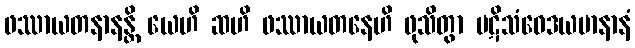
ဖဿာယတနာနန္တိ ယေဟိ ဆဟိ ဖဿာယတနေဟိ ဖုသိတွာ ပဋိသံဝေဒယမာနာနံ